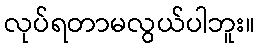
လုပ်ရတာမလွယ်ပါဘူး။